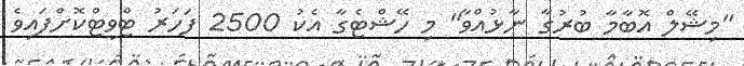
"މިޝޭލް އޮބާމާ ބުރުގާ ނާޅުއްވާ" މި ހޭޝްޓެގާ އެކު 2500 ފަހަރު ޓްވީޓްކޮށްފައިވެ